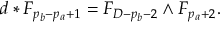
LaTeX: d * F _ { p _ { b } - p _ { a } + 1 } = F _ { D - p _ { b } - 2 } \wedge F _ { p _ { a } + 2 } .